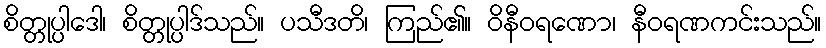
စိတ္တုပ္ပါဒေါ၊ စိတ္တုပ္ပါဒ်သည်။ ပသီဒတိ၊ ကြည်၏။ ဝိနီဝရဏော၊ နီဝရဏကင်းသည်။